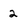
Character: 2